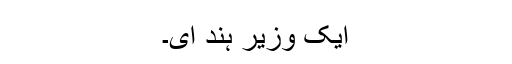
ایک وزیرِ ہند ای۔